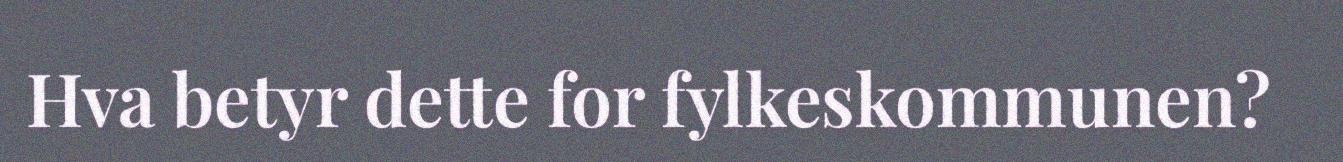
Hva betyr dette for fylkeskommunen?